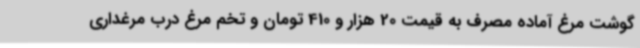
گوشت مرغ آماده مصرف به قیمت 20 هزار و 410 تومان و تخم مرغ درب مرغداری